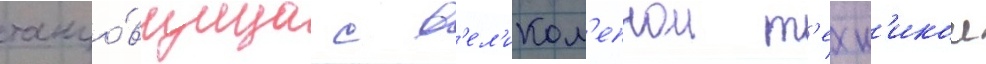
танцо́вщица с в'ел'икол'епнои т'ехн'икои